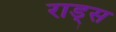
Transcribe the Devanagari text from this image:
राड्स